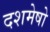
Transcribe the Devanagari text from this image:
दशमेषो